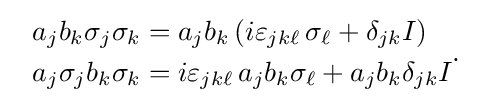
~~{\begin{aligned}a_{j}b_{k}\sigma _{j}\sigma _{k}&=a_{j}b_{k}\left(i\varepsilon _{jk\ell }\,\sigma _{\ell }+\delta _{jk}I\right)\\a_{j}\sigma _{j}b_{k}\sigma _{k}&=i\varepsilon _{jk\ell }\,a_{j}b_{k}\sigma _{\ell }+a_{j}b_{k}\delta _{jk}I\end{aligned}}.~